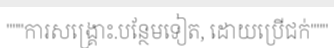
"""ការសង្គ្រោះ.បន្ថែមទៀត, ដោយប្រើជក់"""